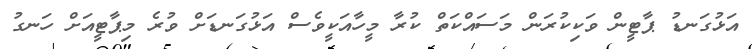
އަޅުގަނޑު ޕާޓީން ވަކިކުރަން މަސައްކަތް ކުރާ މީހާއަކީވެސް އަޅުގަނޑަށް ވުރެ މިޕާޓީއަށް ހަނގު